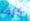
كيف